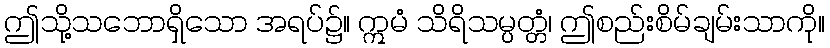
ဤသို့သဘောရှိသော အရပ်၌။ ဣမံ သိရိသမ္ပတ္တံ၊ ဤစည်းစိမ်ချမ်းသာကို။